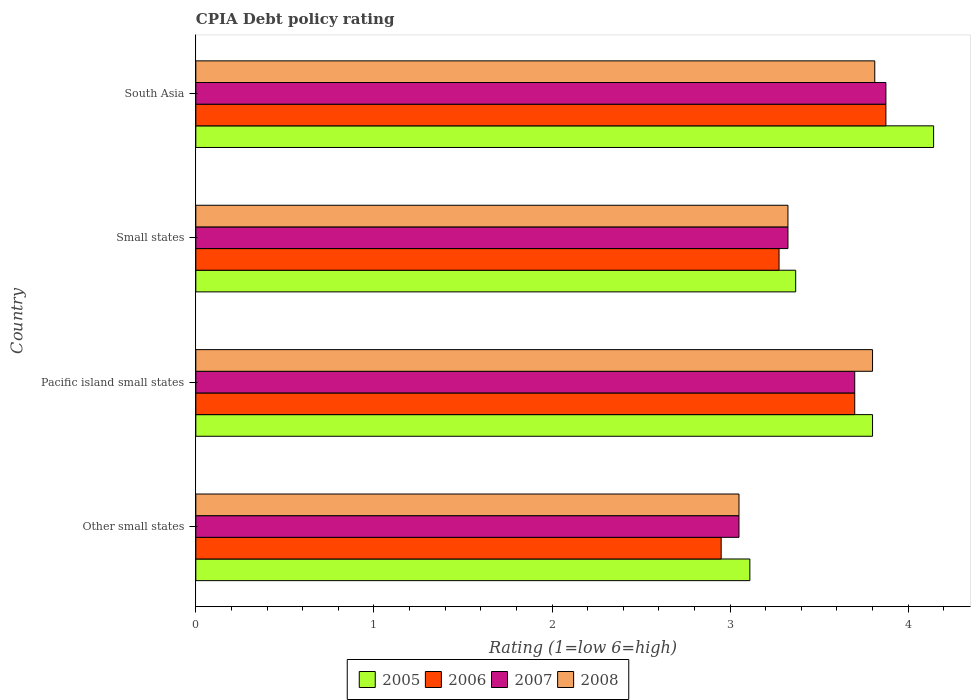
| Country | 2005 | 2006 | 2007 | 2008 |
 | --- | --- | --- | --- | --- |
 | Other small states | 3.11 | 2.95 | 3.05 | 3.05 |
 | Pacific island small states | 3.8 | 3.7 | 3.7 | 3.8 |
 | Small states | 3.37 | 3.27 | 3.33 | 3.33 |
 | South Asia | 4.14 | 3.88 | 3.88 | 3.81 |